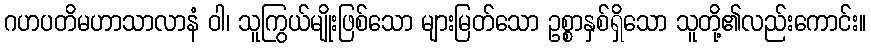
ဂဟပတိမဟာသာလာနံ ဝါ၊ သူကြွယ်မျိုးဖြစ်သော များမြတ်သော ဥစ္စာနှစ်ရှိသော သူတို့၏လည်းကောင်း။